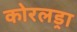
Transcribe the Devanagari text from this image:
कोरलड्रा